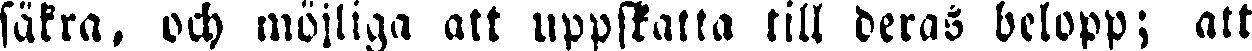
säkra, och möjliga att uppställa till deras belopp; att